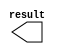
// megafunction wizard: %LPM_CONSTANT%VBB%
// GENERATION: STANDARD
// VERSION: WM1.0
// MODULE: lpm_constant 

// ============================================================
// Megafunction Name(s):
// 			lpm_constant
//
// Simulation Library Files(s):
// 			lpm
// ============================================================
// ************************************************************
// THIS IS A WIZARD-GENERATED FILE. DO NOT EDIT THIS FILE!
//
// 9.1 Build 222 10/21/2009 SJ Full Version
// ************************************************************

//Copyright (C) 1991-2009 Altera Corporation
//Your use of Altera Corporation's design tools, logic functions 
//and other software and tools, and its AMPP partner logic 
//functions, and any output files from any of the foregoing 
//(including device programming or simulation files), and any 
//associated documentation or information are expressly subject 
//to the terms and conditions of the Altera Program License 
//Subscription Agreement, Altera MegaCore Function License 
//Agreement, or other applicable license agreement, including, 
//without limitation, that your use is for the sole purpose of 
//programming logic devices manufactured by Altera and sold by 
//Altera or its authorized distributors.  Please refer to the 
//applicable agreement for further details.

module lpm_constant101 (
	result);

	output	[7:0]  result;

endmodule

// ============================================================
// CNX file retrieval info
// ============================================================
// Retrieval info: PRIVATE: INTENDED_DEVICE_FAMILY STRING "Cyclone III"
// Retrieval info: PRIVATE: JTAG_ENABLED NUMERIC "0"
// Retrieval info: PRIVATE: JTAG_ID STRING "NONE"
// Retrieval info: PRIVATE: Radix NUMERIC "10"
// Retrieval info: PRIVATE: SYNTH_WRAPPER_GEN_POSTFIX STRING "0"
// Retrieval info: PRIVATE: Value NUMERIC "101"
// Retrieval info: PRIVATE: nBit NUMERIC "8"
// Retrieval info: CONSTANT: LPM_CVALUE NUMERIC "101"
// Retrieval info: CONSTANT: LPM_HINT STRING "ENABLE_RUNTIME_MOD=NO"
// Retrieval info: CONSTANT: LPM_TYPE STRING "LPM_CONSTANT"
// Retrieval info: CONSTANT: LPM_WIDTH NUMERIC "8"
// Retrieval info: USED_PORT: result 0 0 8 0 OUTPUT NODEFVAL result[7..0]
// Retrieval info: CONNECT: result 0 0 8 0 @result 0 0 8 0
// Retrieval info: LIBRARY: lpm lpm.lpm_components.all
// Retrieval info: GEN_FILE: TYPE_NORMAL lpm_constant101.v TRUE
// Retrieval info: GEN_FILE: TYPE_NORMAL lpm_constant101.inc FALSE
// Retrieval info: GEN_FILE: TYPE_NORMAL lpm_constant101.cmp FALSE
// Retrieval info: GEN_FILE: TYPE_NORMAL lpm_constant101.bsf TRUE FALSE
// Retrieval info: GEN_FILE: TYPE_NORMAL lpm_constant101_inst.v FALSE
// Retrieval info: GEN_FILE: TYPE_NORMAL lpm_constant101_bb.v TRUE
// Retrieval info: LIB_FILE: lpm